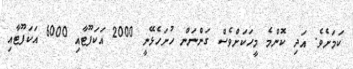
ކަމަށެވެ. އަދި ކޮންމެ މީހަކަށްވެސް ގަންނަން ހުށަހެޅޭނީ 2000 އަކަފޫޓާއި 6000 އަކަފޫޓާއި